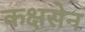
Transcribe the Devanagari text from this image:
कक्षसेन